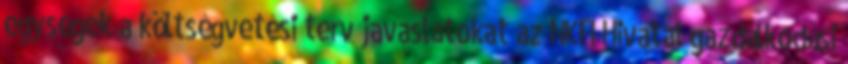
egységek a költségvetési terv javaslatokat az NKFI Hivatal gazdálkodási